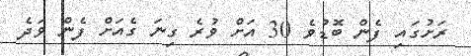
ރަށުގައި ފެން ބޮޑުވެ 30 އަށް ވުރެ ގިނަ ގެއަށް ފެން ވަދެ